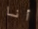
أنا